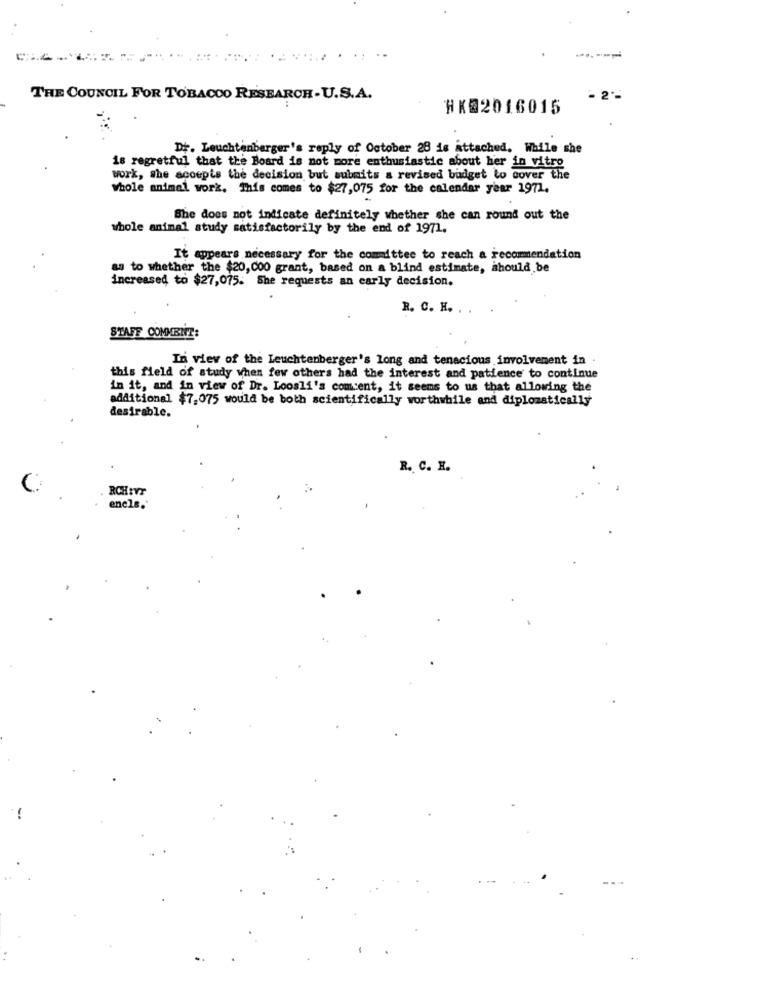
..
THE COUNCIL FOR TOBACCO RESEARCH-U.S.A.
HK@2016015
Dr. Leuchtenberger's reply of October 28 is attached. While she
is regretful that the Board is not more enthusiastic about her in vitro
work, she accepts the decision but submits a revised budget to cover the
Whole animal work. This comes to $27,075 for the calendar year 1971,
She does not indicate definitely whether she can round out the
whole animal study satisfactorily by the end of 1971.
It appears necessary for the committee to reach a recommendation
as to whether the $20,000 grant, based on a blind estimate, should be
increased to $27,075. She requests an early decision.
R. C. H. . .
STAFF COMMBIZ:
In view of the Leuchtenberger's long and tenacious involvement in .
this field of study when few others had the interest and patience to continue
in it, and in view of Dr. Loosli's coment, it seems to us that allowing the
additional $7,075 would be both scientifically worthwhile and diplomatically
desirable.
R. C. H.
RCHEVY
encls.